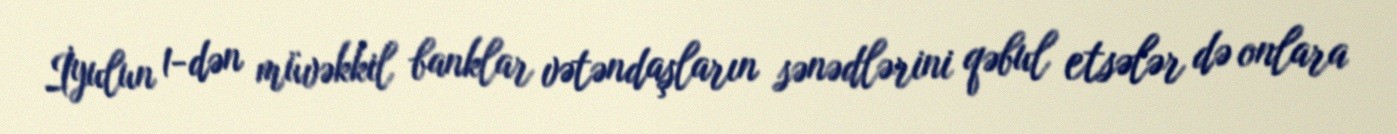
İyulun 1-dən müvəkkil banklar vətəndaşların sənədlərini qəbul etsələr də onlara